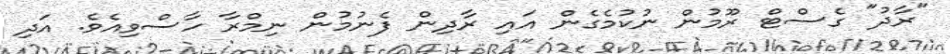
"ރާދު" ގެސްޓް ރޫމުން ނުކުމެގެން އައި ރާދިން ފެނުމުން ނިމްރާ ހާސްވިއެވެ. އަދި